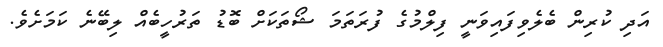
އަދި ކުރިން ބެލެވިފައިވަނީ ފިލްމުގެ ފުރަތަމަ ޝޯތަކަށް ބޮޑު ތަރުހީބެއް ލިބޭނެ ކަމަށެވެ.